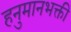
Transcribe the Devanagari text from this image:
हनुमानभक्ती